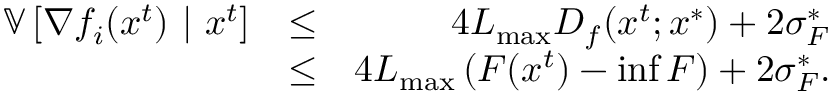
\begin{array} { r l r } { \mathbb { V } \left[ \nabla f _ { i } ( x ^ { t } ) \ | \ x ^ { t } \right] } & { \leq } & { 4 L _ { \operatorname* { m a x } } D _ { f } ( x ^ { t } ; x ^ { * } ) + 2 \sigma _ { F } ^ { * } } \\ & { \leq } & { 4 L _ { \operatorname* { m a x } } \left( F ( x ^ { t } ) - \operatorname* { i n f } F \right) + 2 \sigma _ { F } ^ { * } . } \end{array}